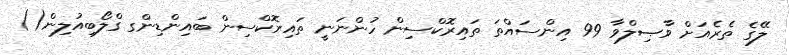
ލޭގެ ތެރެއަށް ވާޞިލްވާ 99 އިންސައްތަ ތައިރޮކްސިން ހުންނަނީ ތައިރޮކްސިން ބައިންޑިންގ ގްލޯބިއުލިން()